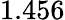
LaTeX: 1.456